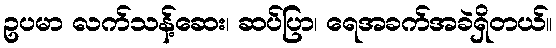
ဥပမာ လက်သန့်ဆေး၊ ဆပ်ပြာ၊ ရေအခက်အခဲရှိတယ်။